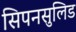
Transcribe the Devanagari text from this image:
सिपनसुलिड